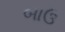
બાઉ